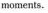
moments.